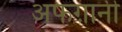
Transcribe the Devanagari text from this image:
अफग़ानी